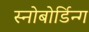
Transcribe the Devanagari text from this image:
स्नोबोर्डिन्ग